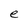
Character: e